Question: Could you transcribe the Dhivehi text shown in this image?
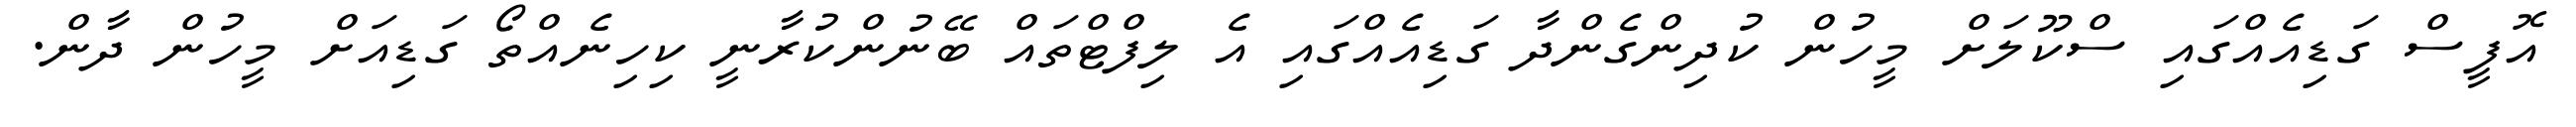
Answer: އޮފީސް ގަޑިއެއްގައި ސްކޫލަށް މީހުން ކުދިންގެންދާ ގަޑިއެއްގައި އެ ލިފްޓްތައް ބޭނުންކުރާނީ ކިހިނެއްތޯ ގަޑިއަށް މީހުން ދާން.